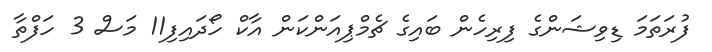
ފުރަތަމަ ޑިވިޝަންގެ ފިރިހެން ބައިގެ ޗެމްޕިއަންކަން އާކް ހޯދައިފި11 މަސް 3 ހަފްތާ